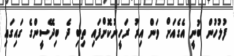
ފުލުހުން ބުނީ އެގެއަށް ވަން އިރު ރަހީނުކޮށްފައި ތިބި ދެ ބިދޭސީންގެ ގައިގައި